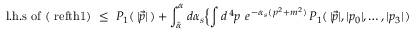
\mathrm { l . h . s \ o f \ ( \ r e f { t h 1 } ) } \ \leq \ P _ { 1 } ( \, \vert \vec { p } \vert \, ) + \int _ { \hat { \alpha } } ^ { \alpha } d \alpha _ { s } \Bigl \{ \int d ^ { \, 4 } p \ e ^ { \, - \alpha _ { s } ( \, p ^ { 2 } + m ^ { 2 } ) } \, P _ { 1 } ( \, \vert \vec { p } \vert , \vert p _ { 0 } \vert , \ldots , \vert p _ { 3 } \vert \, )